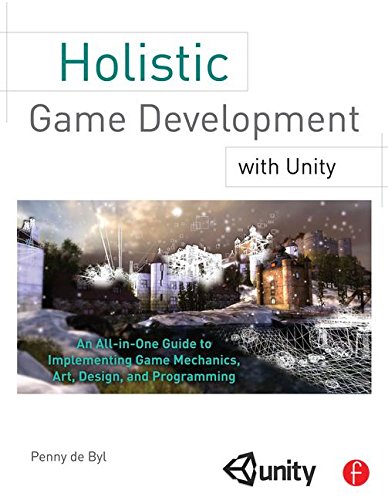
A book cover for Holistic Game Development with Unity: An All-in-One Guide to Implementing Game Mechanics, Art, Design and Programming; Penny de Byl; Computers & Technology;